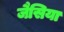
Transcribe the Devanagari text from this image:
जैसिया